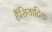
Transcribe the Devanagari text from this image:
हैंसियाटिक